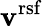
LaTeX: {\mathbf{v}}^{\mathrm{rsf}}